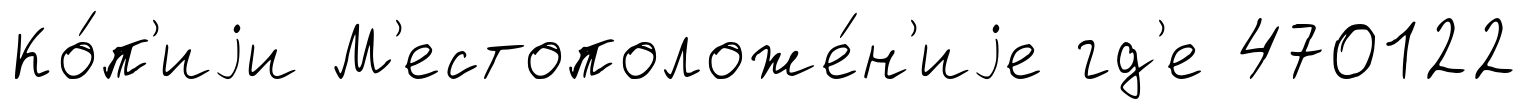
Ко́п'иjи М'естоположе́н'иjе гд'е 470122